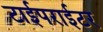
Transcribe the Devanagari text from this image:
टाईपराईटर